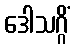
ဒေါသဂ္ဂိံ